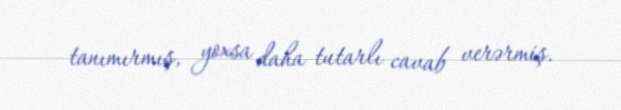
tanımırmış, yoxsa daha tutarlı cavab verərmiş.